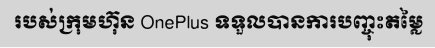
របស់ក្រុមហ៊ុន OnePlus ទទួលបានការបញ្ចុះតម្លៃ